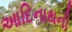
આદિનાથની